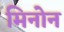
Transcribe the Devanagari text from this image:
मिनोन